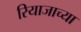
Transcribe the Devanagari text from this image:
रियाजाच्या